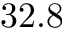
3 2 . 8